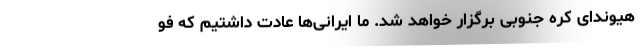
هیوندای کره جنوبی برگزار خواهد شد. ما ایرانی‌ها عادت داشتیم که فو